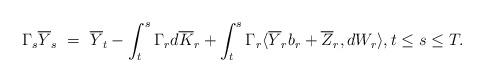
LaTeX: \begin{align*}\Gamma_s\overline{Y}_s \ = \ \overline Y_t - \int_t^s \Gamma_r d\overline{K}_r + \int_t^s \Gamma_r\langle\overline{Y}_r b_r + \overline{Z}_r,dW_r\rangle, t \leq s \leq T.\end{align*}